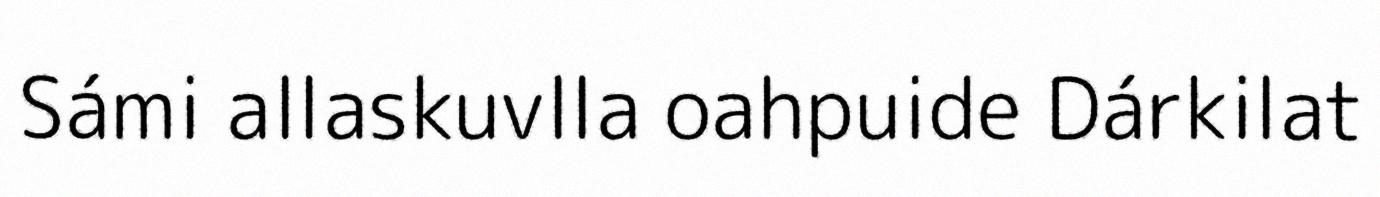
Sámi allaskuvlla oahpuide Dárkilat